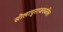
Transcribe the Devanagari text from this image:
सोलापुराजवळील